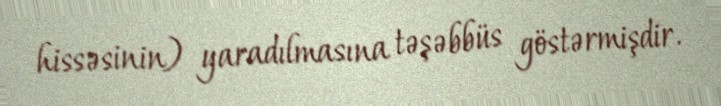
hissəsinin) yaradılmasına təşəbbüs göstərmişdir.